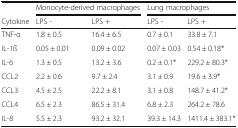
<table><thead><tr><td></td><td colspan="2"><b>Monocyte-derived macrophages</b></td><td colspan="2"><b>Lung macrophages</b></td></tr><tr><td><b>Cytokine</b></td><td><b>LPS -</b></td><td><b>LPS +</b></td><td><b>LPS -</b></td><td><b>LPS +</b></td></tr></thead><tbody><tr><td>TNF-α</td><td>1.8 ± 0.5</td><td>16.4 ± 6.5</td><td>0.7 ± 0.1</td><td>33.8 ± 7.1</td></tr><tr><td>IL-1ß</td><td>0.05 ± 0.01</td><td>0.09 ± 0.02</td><td>0.07 ± 0.03</td><td>0.54 ± 0.18*</td></tr><tr><td>IL-6</td><td>1.3 ± 0.5</td><td>13.2 ± 3.6</td><td>0.2 ± 0.1*</td><td>229.2 ± 80.3*</td></tr><tr><td>CCL2</td><td>2.2 ± 0.6</td><td>9.7 ± 2.4</td><td>3.1 ± 0.9</td><td>19.6 ± 3.9*</td></tr><tr><td>CCL3</td><td>4.5 ± 2.5</td><td>22.2 ± 8.1</td><td>3.1 ± 0.8</td><td>148.7 ± 41.2*</td></tr><tr><td>CCL4</td><td>6.5 ± 2.3</td><td>86.5 ± 31.4</td><td>6.8 ± 2.3</td><td>264.2 ± 78.6</td></tr><tr><td>IL-8</td><td>5.5 ± 2.3</td><td>93.2 ± 32.1</td><td>39.3 ± 14.3</td><td>1411.4 ± 383.1*</td></tr></tbody></table>